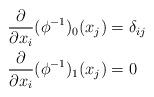
LaTeX: \begin{align*} \frac{\partial}{\partial x_i} (\phi^{-1})_0(x_j) &= \delta_{ij}\\ \frac{\partial}{\partial x_i} (\phi^{-1})_1(x_j) &= 0\end{align*}